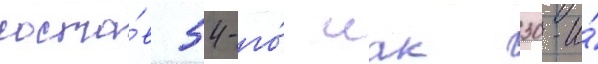
соста́в 54-го́ иак 30-и́